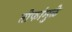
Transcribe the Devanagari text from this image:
तोफांमुळे